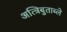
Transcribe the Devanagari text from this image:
अत्त्रिबुताब्ले